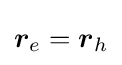
{\boldsymbol {r}}_{e}={\boldsymbol {r}}_{h}